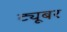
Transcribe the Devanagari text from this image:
ट्यूबर